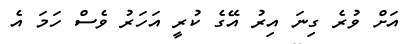
އަށް ވުރެ ގިނަ އިރު އޭގެ ކުރީ އަހަރު ވެސް ހަމަ އެ